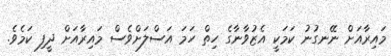
މައިރާއަށް ނޭނގުނު ކަމަކީ އެޒުވާނާގެ ހިތް ހަމަ އަސްލަށްވެސް މައިރާއަށް ދީފި ކަމެވެ.